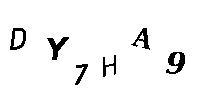
DY7HA9